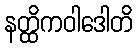
နတ္ထိကဝါဒေါတိ